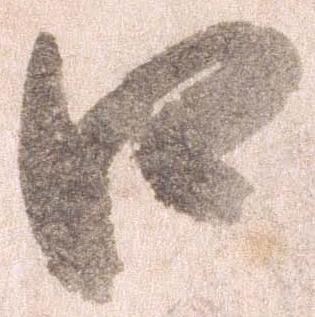
口